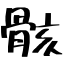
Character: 骸